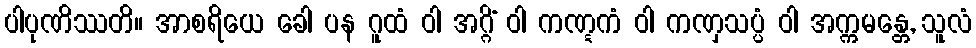
ပါပုဏိဿတိ။ အာစရိယေ ခေါ ပန ဂူထံ ဝါ အဂ္ဂိံ ဝါ ကဏ္ဋကံ ဝါ ကဏှသပ္ပံ ဝါ အက္ကမန္တေ, သူလံ